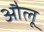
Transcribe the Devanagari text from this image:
औलू